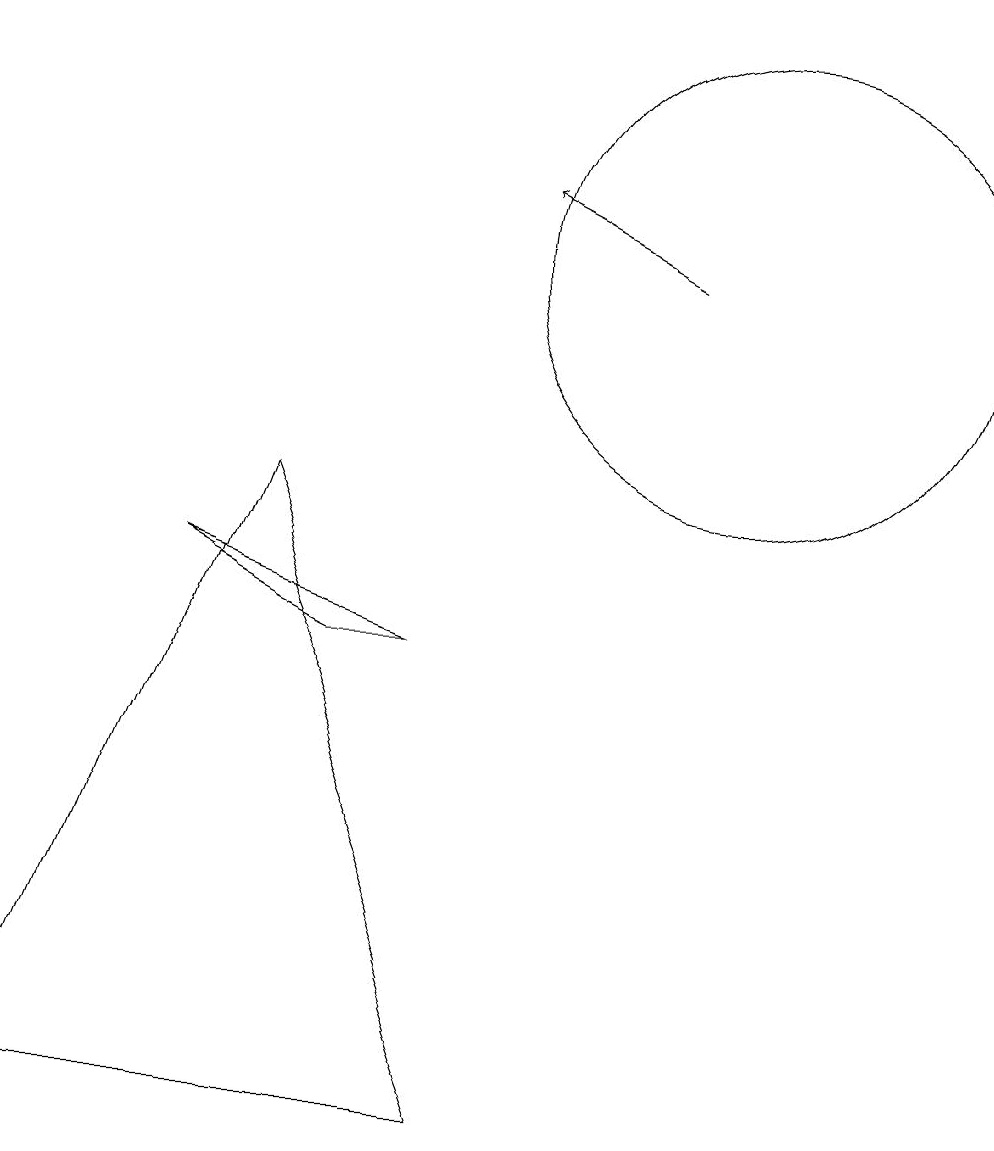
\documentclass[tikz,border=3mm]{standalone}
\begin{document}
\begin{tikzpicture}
\draw (10,11) circle (3);
\draw[->] (9,11) -- (7,12);
\draw (4,8) -- (1,0) -- (7,0) -- cycle;
\draw (3,7) -- (6,6) -- (5,6) -- cycle;
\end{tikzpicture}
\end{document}